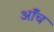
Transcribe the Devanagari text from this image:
ऑंच